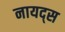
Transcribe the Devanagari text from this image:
नायद्स